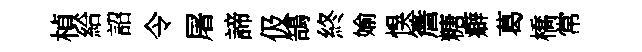
楨給詔令屠諦伋鵠終媮悞簷糖癖葛橋常